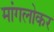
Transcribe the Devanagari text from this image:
मांगलोकर